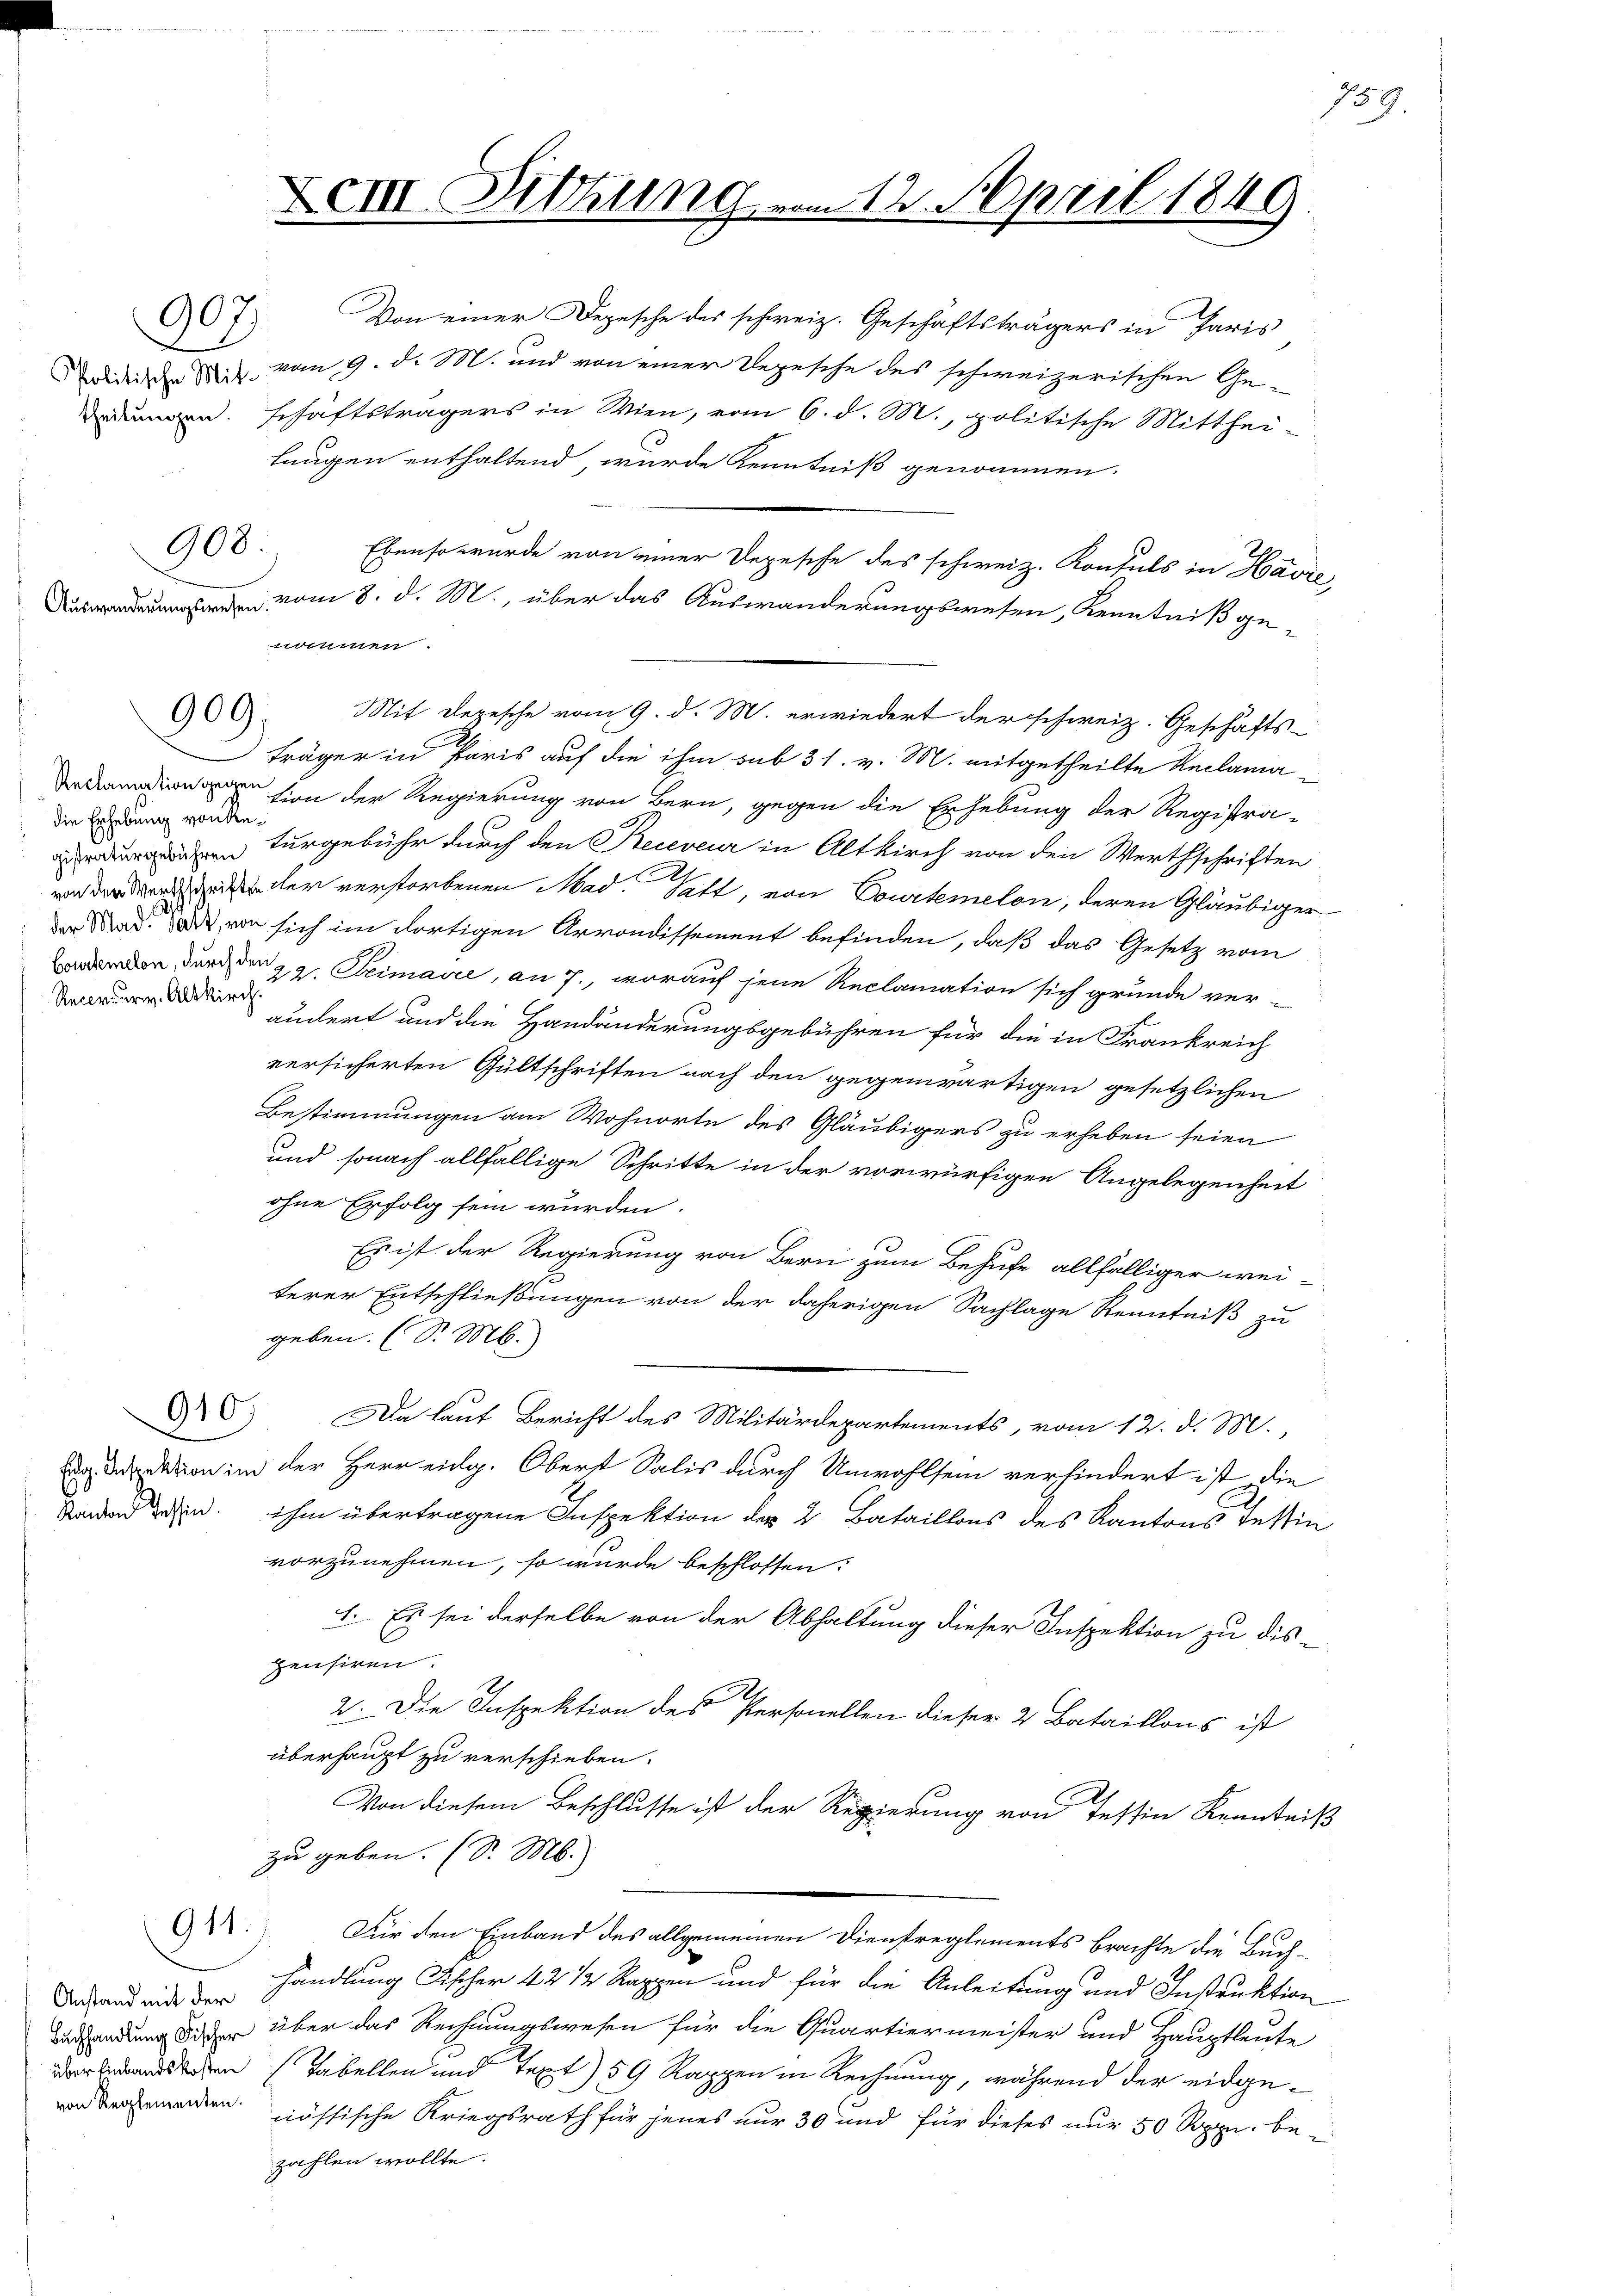
Auswanderungswesen

907.

Reclamation gegen
die Erhebung von Re¬
Recrurv. Alskirch.

908:

909.

Anstand mit der

Xem Sitzung
.

laugen enthaltend, wurde Kenntniß genommen.
nommen.
Mit Depesche vom 9. d. M. erwiedert der schweiz. Geschäfts-
träger in Paris auf die ihm sub 31. v. M. mitgetheilte Reclama
tion der Regierung von Bern, gegen die Erhebung der Registra-
en turgebühr durch den Receveur in Altkirch von den Werthschriften
vor der den der verstorbenen Mad. Satt, von Courtemelon, deren Gläubiger
der Mad.  von sich im dortigen Arrondissement befinden, daß das Gesetz vom
rden, durch den 22. Deimaire, an 7., worauf jene Reclamation sich gründe ver-
ändert und die Handänderungsgebühren für die in Frankreich
versicherten Gültschriften nach den gegenwärtigen gesetzlichen
Bestimmungen am Wohnorte des Gläubigers zu erheben seien
und sonach allfällige Schritte in der vorwürfigen Angelegenheit
ohne Erfolg sein wurden.
Es ist der Regierung von Bern zum Behufe allfälliger wei-
C
terer Entschließungen von der daherigen Sachlage Kenntniß zu
geben. (S. M.
910.
Da lauf Bericht des Militärdepartements, vom 12. d. M.
  davon in der Herr eidg. Oberst Salis durch Unwohlsein verhindert ist die
Standen in ihm übertragene Inspektion der 2. Bataillons des Kantons Testi
vorzunehmen, so wurde beschlossen:
1. Es sei derselbe von der Abhaltung dieser Inspektion zu dis-
pensiren.
2. Die Inspektion des Personellen dieser 2 Bataillons ist
überhaupt zu verschieben.
Von diesem Beschlusse ist der Regierung von Tessin Krantei-
zu geben. (S. M.)
911.
Für den Einband des allgemeinen Dienstreglements brachte die Buch-
handlung Fischer 42 1/2 Rappen und für die Anleitung und Instruktion
rsendung dieser über das Rechnungswesen für die Quartiermeister und Hauptleute
der Endestehen (Tabellen und Text) 59 Rappen in Rechnung, während der eidgenenden nössische Kriegsrath für jenes nur 30 und für dieses nur 50 Rppn. bezahlen wollte.

Ebenso wurde von einer Depesche des schweiz. Konsuls in Hav
vom 8. d. M., über das Auswanderungswesen, Kenntniß ge¬

Von einer Depesche des schweiz. Geschäftsträgers in Paris
didee di vom 9. d. M. und von einer Depesche des schweizerischen Geen schäftsträgers in Wien, vom 6. d. M., politische Mitthei¬

12. April 1849

159.

.